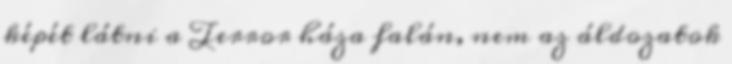
képét látni a Terror háza falán, nem az áldozatok